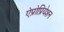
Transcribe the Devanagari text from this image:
ऐप्रोप्रियेशन